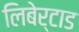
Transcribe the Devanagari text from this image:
लिबेर्टाड